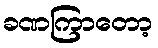
ခဏကြာတော့